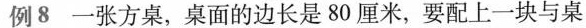
\underline{例8} 一张方桌，桌面的边长是80厘米，要配上一块与桌